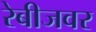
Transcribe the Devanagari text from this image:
रेबीजवर